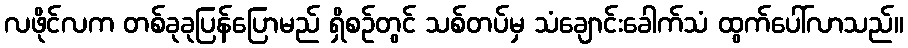
လဖိုင်လက တစ်ခုခုပြန်ပြောမည် ရှိစဉ်တွင် သစ်တပ်မှ သံချောင်းခေါက်သံ ထွက်ပေါ်လာသည်။